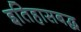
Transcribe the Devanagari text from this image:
इतिहासबद्ध